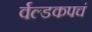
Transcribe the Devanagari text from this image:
र्वल्डकपचं